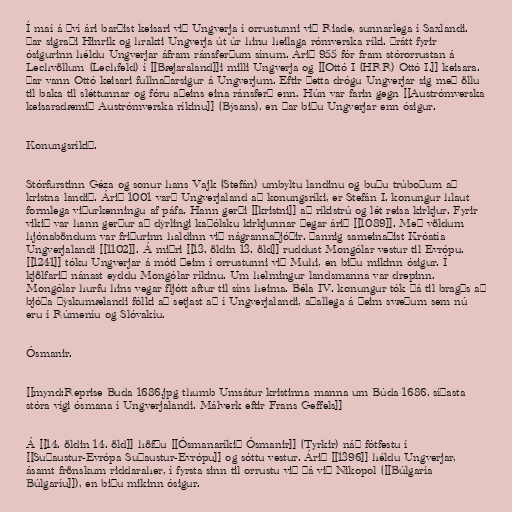
Í maí á því ári barðist keisari við Ungverja í orrustunni við Riade, sunnarlega í Saxlandi.
Þar sigraði Hinrik og hrakti Ungverja út úr hinu heilaga rómverska ríki. Þrátt fyrir
ósigurinn héldu Ungverjar áfram ránsferðum sínum. Árið 955 fór fram stórorrustan á
Lechvöllum (Lechfeld) í [[Bæjaraland]]i milli Ungverja og [[Ottó I (HRR) Ottó I.]] keisara.
Þar vann Ottó keisari fullnaðarsigur á Ungverjum. Eftir þetta drógu Ungverjar sig með öllu
til baka til sléttunnar og fóru aðeins eina ránsferð enn. Hún var farin gegn [[Austrómverska
keisaradæmið Austrómverska ríkinu]] (Býsans), en þar biðu Ungverjar enn ósigur.

Konungsríkið.

Stórfurstinn Géza og sonur hans Vajk (Stefán) umbyltu landinu og buðu trúboðum að
kristna landið. Árið 1001 varð Ungverjaland að konungsríki, er Stefán I. konungur hlaut
formlega viðurkenningu af páfa. Hann gerði [[kristni]] að ríkistrú og lét reisa kirkjur. Fyrir
vikið var hann gerður að dýrlingi kaþólsku kirkjunnar þegar árið [[1089]]. Með völdum
hjónaböndum var friðurinn haldinn við nágrannaþjóðir. Þannig sameinaðist Króatía
Ungverjalandi [[1102]]. Á miðri [[13. öldin 13. öld]] ruddust Mongólar vestur til Evrópu.
[[1241]] tóku Ungverjar á móti þeim í orrustunni við Muhi, en biðu mikinn ósigur. Í
kjölfarið nánast eyddu Mongólar ríkinu. Um helmingur landsmanna var drepinn.
Mongólar hurfu hins vegar fljótt aftur til síns heima. Béla IV. konungur tók þá til bragðs að
bjóða þýskumælandi fólki að setjast að í Ungverjalandi, aðallega á þeim svæðum sem nú
eru í Rúmeníu og Slóvakíu.

Ósmanir.

[[mynd:Reprise Buda 1686.jpg thumb Umsátur kristinna manna um Búda 1686, síðasta
stóra vígi ósmana í Ungverjalandi. Málverk eftir Frans Geffels]]

Á [[14. öldin 14. öld]] höfðu [[Ósmanaríkið Ósmanir]] (Tyrkir) náð fótfestu í
[[Suðaustur-Evrópa Suðaustur-Evrópu]] og sóttu vestur. Árið [[1396]] héldu Ungverjar,
ásamt frönskum riddaraher, í fyrsta sinn til orrustu við þá við Nikopol ([[Búlgaría
Búlgaríu]]), en biðu mikinn ósigur.